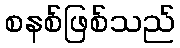
စနစ်ဖြစ်သည်